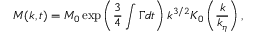
M ( k , t ) = M _ { 0 } \exp \left( \frac { 3 } { 4 } \int \Gamma d t \right) k ^ { 3 / 2 } K _ { 0 } \left( \frac { k } { k _ { \eta } } \right) ,